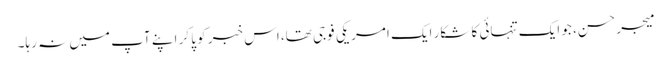
میجر حسن، جو ایک تنہائی کا شکار ایک امریکی فوجی تھا، اس خبر کو پا کر اپنے آپ میں نہ رہا۔